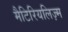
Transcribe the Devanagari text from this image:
मैटिरियलिज़्म